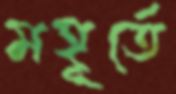
মহূর্তে